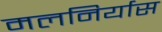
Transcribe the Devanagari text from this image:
मलनिर्यास